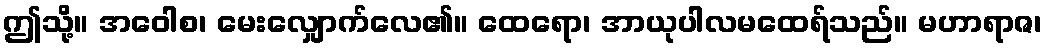
ဤသို့။ အဝေါစ၊ မေးလျှောက်လေ၏။ ထေရော၊ အာယုပါလမထေရ်သည်။ မဟာရာဇ၊